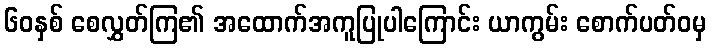
၆၀နှစ် စေလွှတ်ကြ၏ အထောက်အကူပြုပါကြောင်း ယာကွမ်း စောက်ပတ်ဝမှ